Annual report on the Civil Veterinary Department, Burma (including the Insein Veterinary School) - 1932-1941
Year: 1932
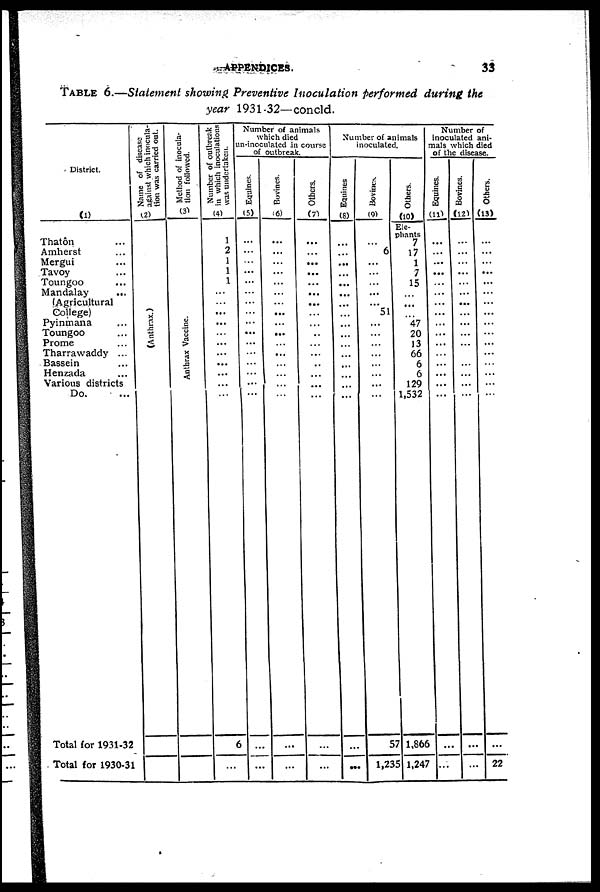
APPENDICES.
33
TABLE 6.—Statement showing Preventive Inoculation performed during the
year 1931-32— concld.
District.
(1)
Thatôn ...
Amherst ...
Mergui...
Tavoy ...
Toungoo ...
Mandalay
...
(Agricultural
College)
Pyinmana ...
Toungoo ...
Prome ...
Tharrawaddy ...
Bassein ...
Henzada ...
Various districts
Do. ...
Total for 1931-32
Total for 1930-31
Name of disease
against which inocula-
tion was carried out.
(2)
(Anthrax.)
Method of inocula-
tion followed.
(3)
Anthrax Vaccine.
Number of outbreak
in which inoculations
was undertaken.
(4)
1
2
1
1
1
...
...
...
...
...
...
...
...
...
...
...
6
...
Number of animals
which died
un-inoculated in course
of outbreak.
Eqauines.
(5)
...
...
...
...
...
...
...
...
...
...
...
...
...
...
...
...
...
...
Bovines.
(6)
...
...
...
...
...
...
...
...
...
...
...
...
...
...
...
...
...
...
Others.
(7)
...
...
...
...
...
...
...
...
...
..
...
...
..
...
...
...
...
...
Number of animals
inoculated.
Equines
(8)
...
...
...
...
...
...
...
...
...
...
...
...
...
...
...
...
...
...
Bovines.
(9)
...
6
...
...
...
...
...
51
...
...
...
...
...
...
...
...
57
1,235
Others.
(10)
Ele-
phants
7
17
1
7
15
...
...
...
47
20
13
66
6
6
129
1,532
1,866
1,247
Number of
inoculated ani-
mals which died
of the disease.
Equines.
(11)
...
...
...
...
...
...
...
...
...
...
...
...
...
...
...
...
...
...
Bovines.
(12)
...
...
...
...
...
...
...
...
...
...
...
...
...
...
...
...
...
...
Others.
13)
...
...
...
...
...
...
...
...
...
...
...
...
...
...
...
...
...
22